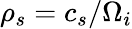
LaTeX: \rho_{s}=c_{s}/\Omega_{i}